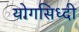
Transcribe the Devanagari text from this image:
योगसिध्दी